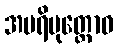
အပရိမုတ္တောဝ